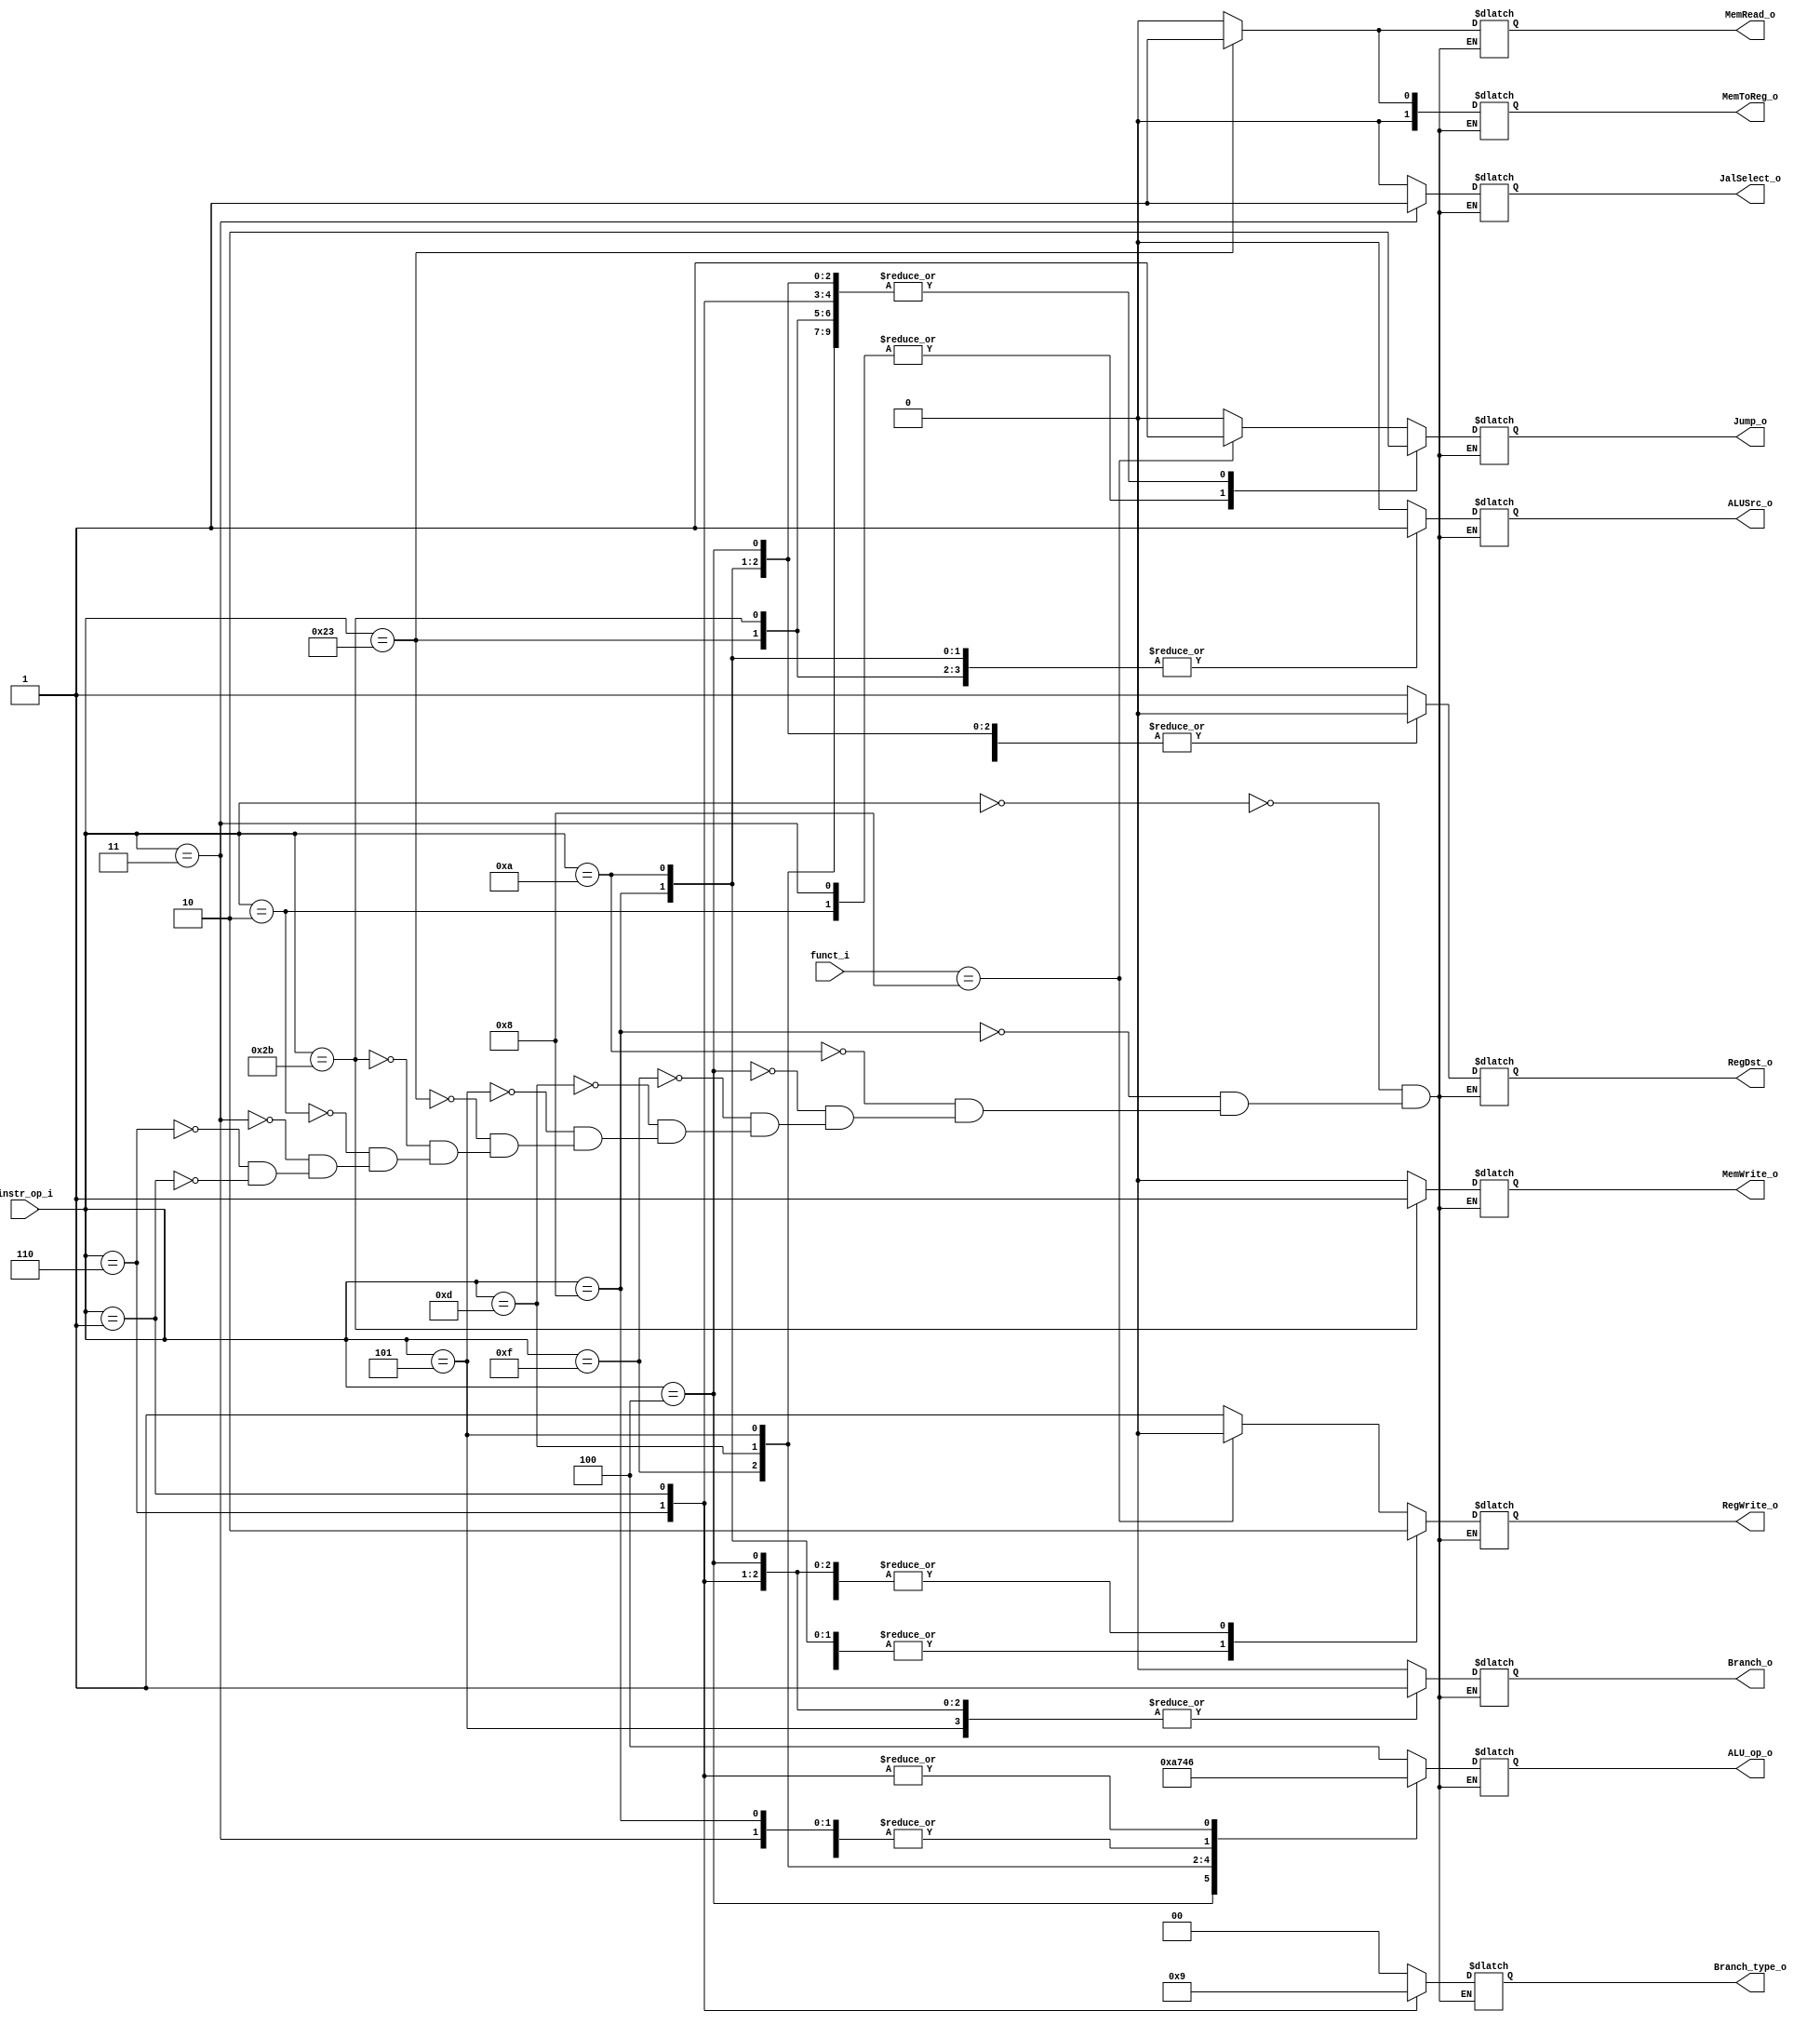
//0312236 0312241 
//Subject:     CO project 2 - Decoder
//--------------------------------------------------------------------------------
//Version:     1
//--------------------------------------------------------------------------------
//Writer:      
//----------------------------------------------
//Date:        
//----------------------------------------------
//Description: 
//--------------------------------------------------------------------------------

module Decoder(
   instr_op_i,
	RegWrite_o,
	ALU_op_o,
	ALUSrc_o,
	RegDst_o,
	Branch_o,
	MemToReg_o,
	MemWrite_o,
	MemRead_o,
	Jump_o,
	JalSelect_o,
	funct_i,
	Branch_type_o
	);
     
//I/O ports
input  [6-1:0] instr_op_i;
input	 [6-1:0] funct_i;

output         RegWrite_o;
output [3-1:0] ALU_op_o;
output         ALUSrc_o;
output         RegDst_o;
output         Branch_o;
output [2-1:0]	MemToReg_o;
output			MemWrite_o;
output			MemRead_o;
output 			Jump_o;
output			JalSelect_o;
output [1:0]   Branch_type_o;

 
//Internal Signals
reg    [3-1:0] ALU_op_o;
reg            ALUSrc_o;
reg            RegWrite_o;
reg            RegDst_o;
reg            Branch_o;
reg	 [2-1:0] MemToReg_o;
reg				MemWrite_o;
reg				MemRead_o;
reg 				Jump_o;
reg				JalSelect_o;
reg	 [1:0]	Branch_type_o;

always@(*) begin
    case (instr_op_i)
        6'b000000: begin	// R-type jr
				RegWrite_o <= (funct_i == 6'b001000)? 0 : 1;
				ALU_op_o <= 3'b100;	// 4
				ALUSrc_o <= 0;
				RegDst_o <= 1;
				Branch_o <= 0;
				MemToReg_o <= 0;
				MemWrite_o <= 0;
				MemRead_o <= 0;
				Jump_o <= (funct_i == 6'b001000)? 1 : 0;
				JalSelect_o <= 0;
				Branch_type_o <= 2'b00;
		  end
        6'b001000: begin	// addi
				RegWrite_o <= 1;
				ALU_op_o <= 3'b000;	// 0
				ALUSrc_o <= 1;
				RegDst_o <= 0;
				Branch_o <= 0;
				MemToReg_o <= 0;
				MemWrite_o <= 0;
				MemRead_o <= 0;
				Jump_o <= 0;
				JalSelect_o <= 0;
				Branch_type_o <= 2'b00;
		  end
        6'b001010: begin	// slti
				RegWrite_o <= 1;
				ALU_op_o <= 3'b100;	
				ALUSrc_o <= 1;
				RegDst_o <= 0;
				Branch_o <= 0;
				MemToReg_o <= 0;
				MemWrite_o <= 0;
				MemRead_o <= 0;
				Jump_o <= 0;
				JalSelect_o <= 0;
				Branch_type_o <= 2'b00;
		  end
        6'b000100: begin 	// beq
				RegWrite_o <= 0;	// no need
				ALU_op_o <= 3'b001;	// 1
				ALUSrc_o <= 0;
				Branch_o <= 1;
				RegDst_o <= 0;
				MemToReg_o <= 0;
				MemWrite_o <= 0;
				MemRead_o <= 0;
				Jump_o <= 0;
				JalSelect_o <= 0;
				Branch_type_o <= 2'b00;
		  end
		  6'b001111: begin 	// lui
				RegWrite_o <= 1;
				ALU_op_o <= 3'b010;	// 2
				ALUSrc_o <= 1;
				Branch_o <= 0;
				RegDst_o <= 0;
				MemToReg_o <= 0;
				MemWrite_o <= 0;
				MemRead_o <= 0;
				Jump_o <= 0;
				JalSelect_o <= 0;
				Branch_type_o <= 2'b00;
		  end
		  6'b001101: begin   // ori
				RegWrite_o <= 1;
				ALU_op_o <= 3'b011;	// 3
				ALUSrc_o <= 1;
				Branch_o <= 0;
				RegDst_o <= 0;
				MemToReg_o <= 0;
				MemWrite_o <= 0;
				MemRead_o <= 0;
				Jump_o <= 0;
				JalSelect_o <= 0;
				Branch_type_o <= 2'b00;
		  end
		  6'b000101: begin	// bne bnez
				RegWrite_o <= 0;
				ALU_op_o <= 3'b101;	// 5
				ALUSrc_o <= 0;
				Branch_o <= 1;
				RegDst_o <= 0;
				MemToReg_o <= 0;
				MemWrite_o <= 0;
				MemRead_o <= 0;
				Jump_o <= 0;
				JalSelect_o <= 0;
				Branch_type_o <= 2'b00;
		  end
		  6'b100011: begin	// lw
				RegWrite_o <= 1;
				ALU_op_o <= 3'b000;	// 
				ALUSrc_o <= 1;
				RegDst_o <= 0;
				Branch_o <= 0;
				MemToReg_o <= 1;
				MemWrite_o <= 0;
				MemRead_o <= 1;
				Jump_o <= 0;
				JalSelect_o <= 0;
				Branch_type_o <= 2'b00;
		  end
		  6'b101011: begin	//sw
				RegWrite_o <= 0;
				ALU_op_o <= 3'b000;
				ALUSrc_o <= 1;
				RegDst_o <= 0;
				Branch_o <= 0;
				MemToReg_o <= 0;
				MemWrite_o <= 1;
				MemRead_o <= 0;
				Jump_o <= 0;
				JalSelect_o <= 0;
				Branch_type_o <= 2'b00;
		  end
		  6'b000010: begin	// jump
				RegWrite_o <= 0;
				ALU_op_o <= 3'b000;	
				ALUSrc_o <= 0;
				RegDst_o <= 0;
				Branch_o <= 0;
				MemToReg_o <= 0;
				MemWrite_o <= 0;
				MemRead_o <= 0;
				Jump_o <= 1;
				JalSelect_o <= 0;
				Branch_type_o <= 2'b00;
		  end
		  6'b000011: begin	// jal
				RegWrite_o <= 1;
				ALU_op_o <= 3'b000;
				ALUSrc_o <= 0;
				RegDst_o <= 0;
				Branch_o <= 0;
				MemToReg_o <= 2'b00;
				MemWrite_o <= 0;
				MemRead_o <= 0;
				Jump_o <= 1;
				JalSelect_o <= 1;
				Branch_type_o <= 2'b00;
		  end
		  6'b000110: begin  // blt
				RegWrite_o <= 0;	
				ALU_op_o <= 3'b110;	// 6
				ALUSrc_o <= 0;
				Branch_o <= 1;
				RegDst_o <= 0;
				MemToReg_o <= 0;
				MemWrite_o <= 0;
				MemRead_o <= 0;
				Jump_o <= 0;
				JalSelect_o <= 0;
				Branch_type_o <= 2'b10;	// 2
		  end
        6'b000001: begin   // bgez
				RegWrite_o <= 0;
				ALU_op_o <= 3'b110;	
				ALUSrc_o <= 0;
				RegDst_o <= 1;
				Branch_o <= 1;
				MemToReg_o <= 0;
				MemWrite_o <= 0;
				MemRead_o <= 0;
				Jump_o <= 0;	
				JalSelect_o <= 0;
				Branch_type_o <= 2'b01;	// 1				
		  end
    endcase
end


//Main function

endmodule